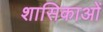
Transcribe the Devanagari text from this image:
शासिकाओं